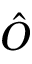
\hat { O }